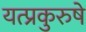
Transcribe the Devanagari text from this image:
यत्प्रकुरुषे